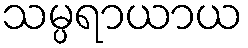
သမ္ပရာယာယ